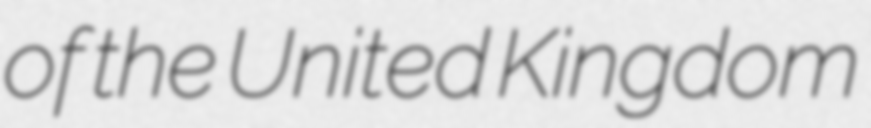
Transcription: of the United Kingdom